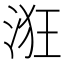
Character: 𣴥